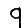
Digit: 9